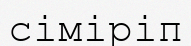
сіміріп